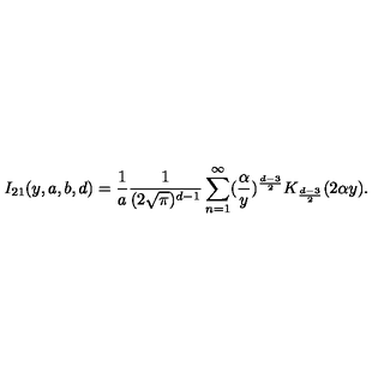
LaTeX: I _ { 2 1 } ( y , a , b , d ) = \frac { 1 } { a } \frac { 1 } { ( 2 \sqrt { \pi } ) ^ { d - 1 } } \sum _ { n = 1 } ^ { \infty } ( \frac { \alpha } { y } ) ^ { \frac { d - 3 } { 2 } } K _ { \frac { d - 3 } { 2 } } ( 2 \alpha y ) .